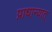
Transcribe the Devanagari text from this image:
प्राधान्यात्